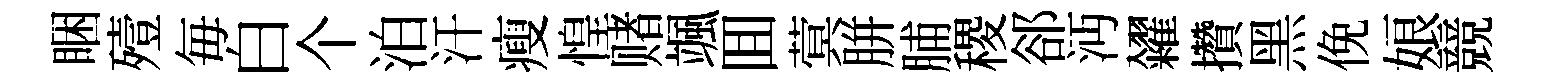
睏殪毎白个泊汗瘦惶赌颯囬蓂胼脯稷郤沔糴攢黑俛娘競